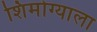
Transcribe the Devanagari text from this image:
शिमोग्याला